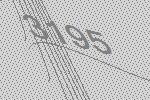
3195